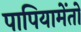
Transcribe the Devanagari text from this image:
पापियामेंतो